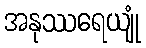
အနုဿရေယျုံ